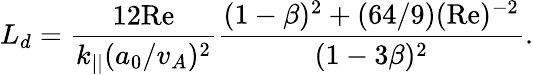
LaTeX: L_{d}=\frac{12\mathrm{Re}}{k_{||}(a_{0}/v_{A})^{2}}\frac{(1-\beta)^{2}+(64/9)(\mathrm{Re})^{-2}}{(1-3\beta)^{2}}.